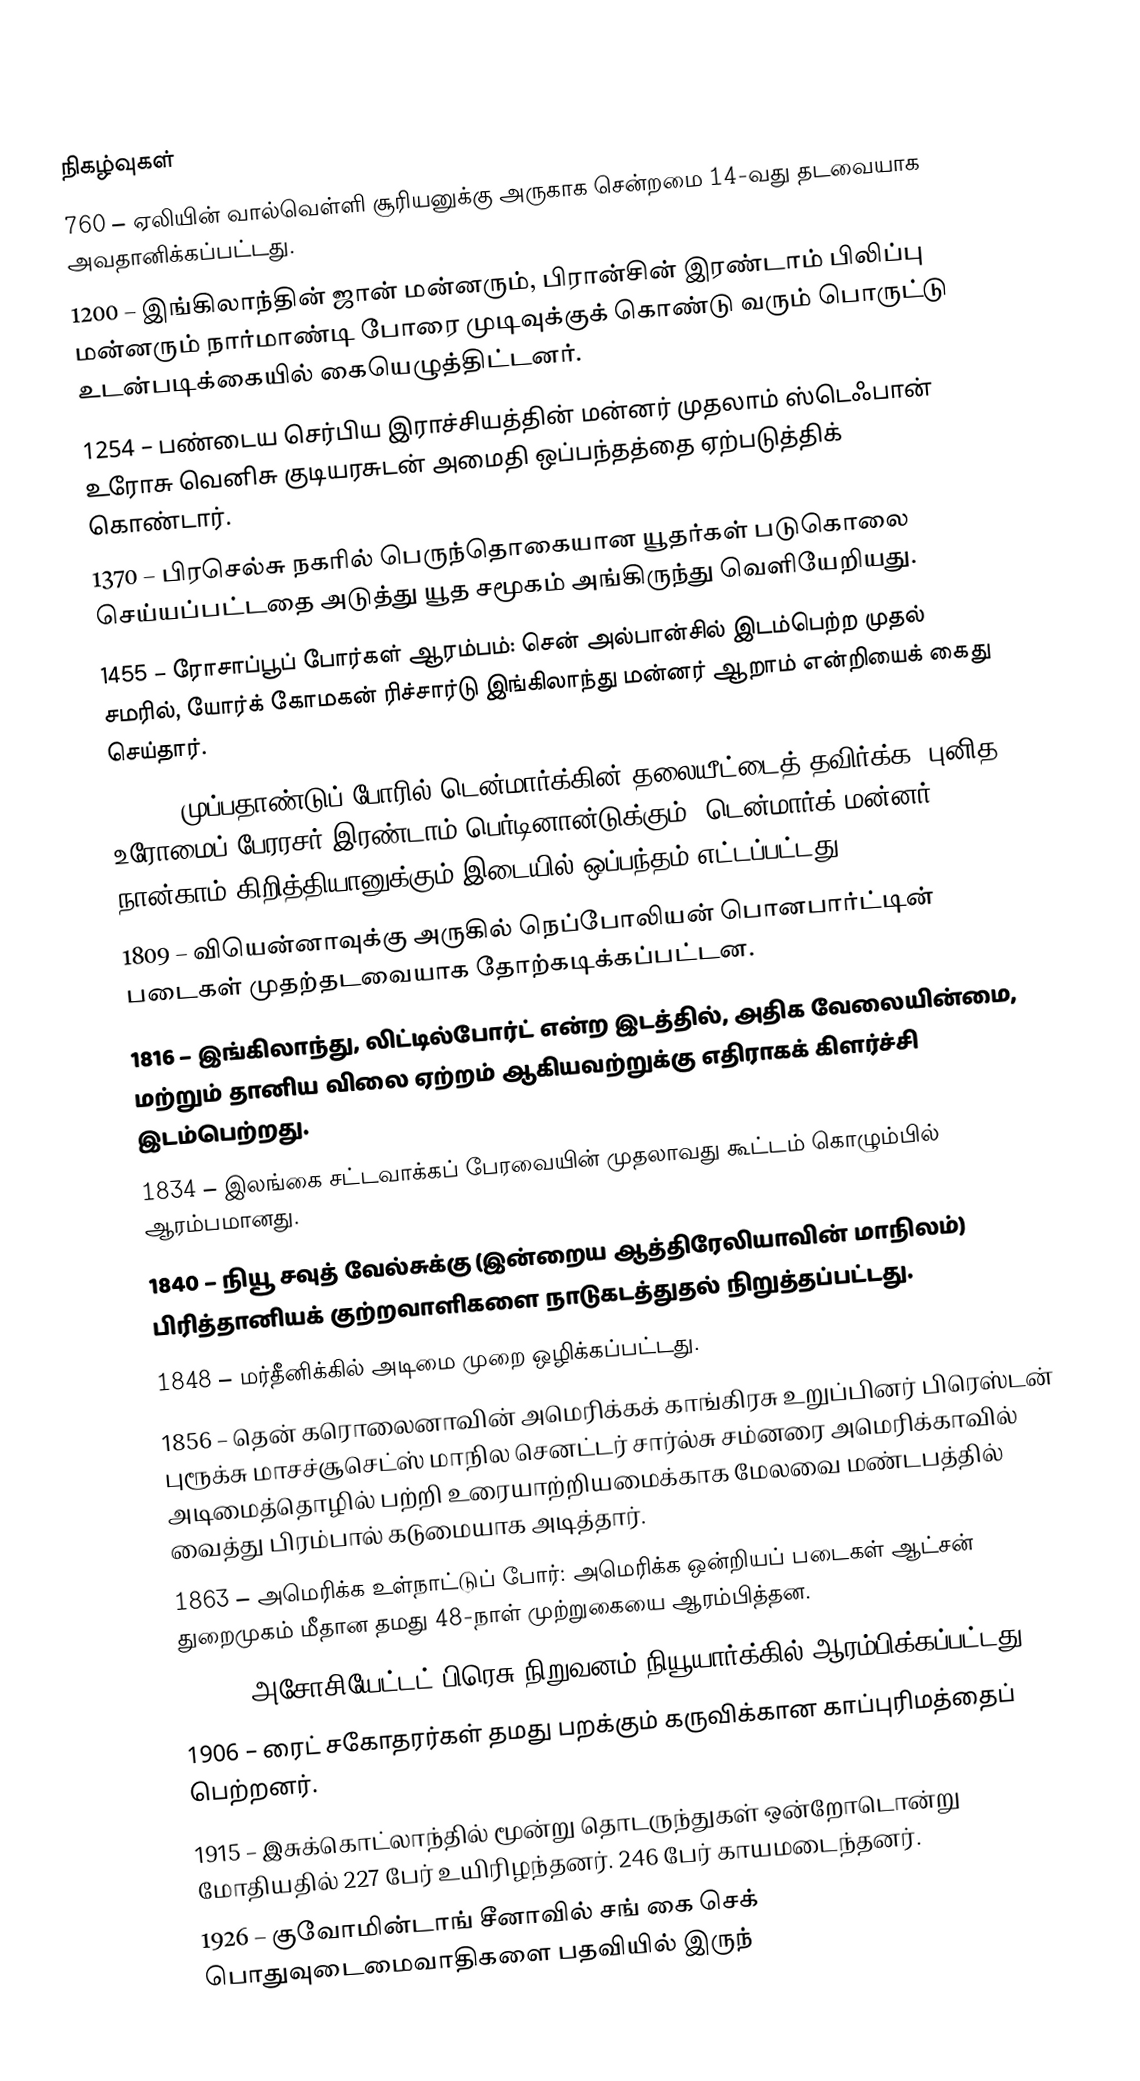

நிகழ்வுகள்
 760 – ஏலியின் வால்வெள்ளி சூரியனுக்கு அருகாக சென்றமை 14-வது தடவையாக அவதானிக்கப்பட்டது.
1200 – இங்கிலாந்தின் ஜான் மன்னரும், பிரான்சின் இரண்டாம் பிலிப்பு மன்னரும் நார்மாண்டி போரை முடிவுக்குக் கொண்டு வரும் பொருட்டு உடன்படிக்கையில் கையெழுத்திட்டனர்.
1254 – பண்டைய செர்பிய இராச்சியத்தின் மன்னர் முதலாம் ஸ்டெஃபான் உரோசு வெனிசு குடியரசுடன் அமைதி ஒப்பந்தத்தை ஏற்படுத்திக் கொண்டார்.
1370 – பிரசெல்சு நகரில் பெருந்தொகையான யூதர்கள் படுகொலை செய்யப்பட்டதை அடுத்து யூத சமூகம் அங்கிருந்து வெளியேறியது.
1455 – ரோசாப்பூப் போர்கள் ஆரம்பம்: சென் அல்பான்சில் இடம்பெற்ற முதல் சமரில், யோர்க் கோமகன் ரிச்சார்டு இங்கிலாந்து மன்னர் ஆறாம் என்றியைக் கைது செய்தார்.
1629 – முப்பதாண்டுப் போரில் டென்மார்க்கின் தலையீட்டைத் தவிர்க்க, புனித உரோமைப் பேரரசர் இரண்டாம் பெர்டினான்டுக்கும், டென்மார்க் மன்னர் நான்காம் கிறித்தியானுக்கும் இடையில் ஒப்பந்தம் எட்டப்பட்டது.
1809 – வியென்னாவுக்கு அருகில் நெப்போலியன் பொனபார்ட்டின் படைகள் முதற்தடவையாக தோற்கடிக்கப்பட்டன.
1816 – இங்கிலாந்து, லிட்டில்போர்ட் என்ற இடத்தில், அதிக வேலையின்மை, மற்றும் தானிய விலை ஏற்றம் ஆகியவற்றுக்கு எதிராகக் கிளர்ச்சி இடம்பெற்றது.
1834 – இலங்கை சட்டவாக்கப் பேரவையின் முதலாவது கூட்டம் கொழும்பில் ஆரம்பமானது.
1840 – நியூ சவுத் வேல்சுக்கு (இன்றைய ஆத்திரேலியாவின் மாநிலம்) பிரித்தானியக் குற்றவாளிகளை  நாடுகடத்துதல் நிறுத்தப்பட்டது.
1848 – மர்தீனிக்கில் அடிமை முறை ஒழிக்கப்பட்டது.
1856 – தென் கரொலைனாவின் அமெரிக்கக் காங்கிரசு உறுப்பினர் பிரெஸ்டன் புரூக்சு மாசச்சூசெட்ஸ் மாநில செனட்டர் சார்ல்சு சம்னரை அமெரிக்காவில் அடிமைத்தொழில் பற்றி உரையாற்றியமைக்காக மேலவை மண்டபத்தில் வைத்து பிரம்பால் கடுமையாக அடித்தார்.
1863 – அமெரிக்க உள்நாட்டுப் போர்: அமெரிக்க ஒன்றியப் படைகள் ஆட்சன் துறைமுகம் மீதான தமது 48-நாள் முற்றுகையை ஆரம்பித்தன.
1900 – அசோசியேட்டட் பிரெசு நிறுவனம் நியூயார்க்கில் ஆரம்பிக்கப்பட்டது.
1906 – ரைட் சகோதரர்கள் தமது பறக்கும் கருவிக்கான காப்புரிமத்தைப் பெற்றனர்.
1915 – இசுக்கொட்லாந்தில் மூன்று தொடருந்துகள் ஒன்றோடொன்று மோதியதில் 227 பேர் உயிரிழந்தனர். 246 பேர் காயமடைந்தனர்.
1926 – குவோமின்டாங் சீனாவில் சங் கை செக் பொதுவுடைமைவாதிகளை பதவியில் இருந்